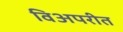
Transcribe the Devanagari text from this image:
विअपरीत